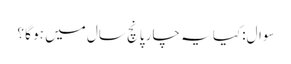
سوال:کیا یہ چار پانچ سال میں ہو گا ؟